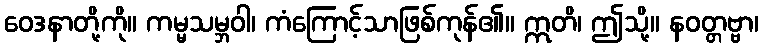
ဝေဒနာတို့ကို။ ကမ္မသမ္ဘဝါ၊ ကံကြောင့်သာဖြစ်ကုန်၏။ ဣတိ၊ ဤသို့။ နဝတ္တဗ္ဗာ၊